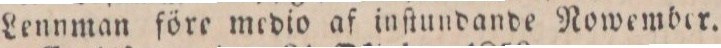
Lennman före medio af inſtundande Nowember.